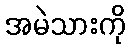
အမဲသားကို